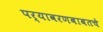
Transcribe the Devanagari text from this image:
पर्यावरणबाबतचे